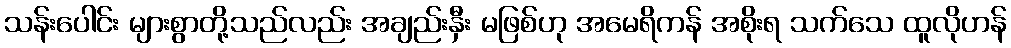
သန်းပေါင်း များစွာတို့သည်လည်း အချည်းနှီး မဖြစ်ဟု အမေရိကန် အစိုးရ သက်သေ ထူလိုဟန်